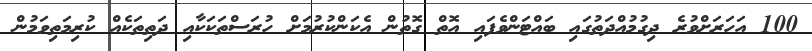
100 އަހަރަށްވުރެ ދިގުމުއްދަތުގައި ބައްޓަންވެފައި އޮތް ގޮތުން އެކަންކުރުމަށް ހުރަސްތަކަކާއި ދަތިތަކެއް ކުރިމަތިވަމުން